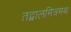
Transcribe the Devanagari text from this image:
तद्बालमित्रमथ